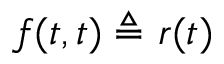
\textstyle f ( t , t ) \triangleq r ( t )